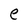
Character: e